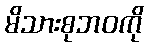
မိသားစုဘဝကို